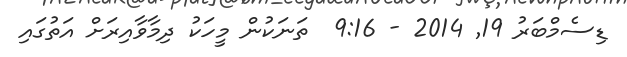
ޑިސެމްބަރު 19